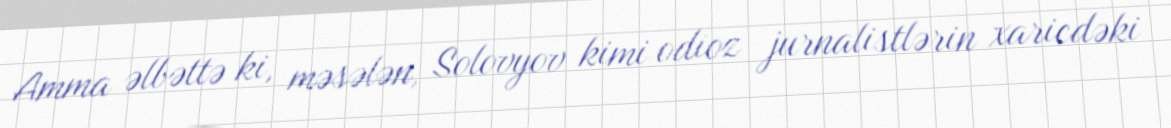
Amma əlbəttə ki, məsələn, Solovyov kimi odioz jurnalistlərin xaricdəki